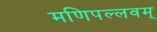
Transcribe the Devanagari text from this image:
मणिपल्लवम्